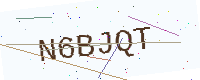
Text: N6BJQT